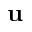
{ \bf u }